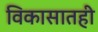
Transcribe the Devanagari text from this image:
विकासातही